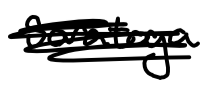
Text: Saratoga
Cross-out: scratch
Writing tool: digital_black